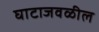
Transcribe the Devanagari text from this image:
घाटाजवळील